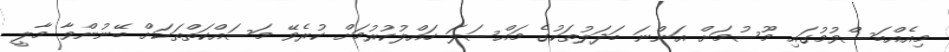
މިއެއްބަސްވުމުގައި މޫސުމަށް އަންނަ ބަދަލުތަކުގެ މައްސަލަ ހައްލުކުރުމަށް ކުރެވޭ މަސައްކަތްތަކަށް ބޭނުންވާ މާލީ